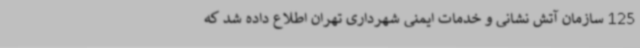
125 سازمان آتش نشانی و خدمات ایمنی شهرداری تهران اطلاع داده شد که